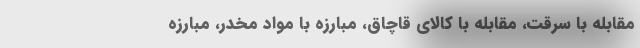
مقابله با سرقت، مقابله با کالای قاچاق، مبارزه با مواد مخدر، مبارزه